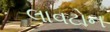
લાવટોન